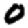
Digit: 0